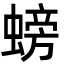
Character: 螃